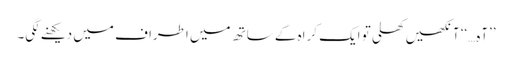
’’آہ…‘‘ آنکھیں کھلی تو ایک کراہ کے ساتھ میں اطراف میں دیکھنے لگی۔